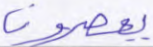
يعصرون